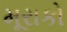
મૂરાકો